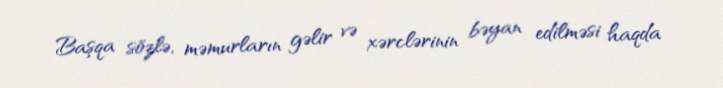
Başqa sözlə, məmurların gəlir və xərclərinin bəyan edilməsi haqda